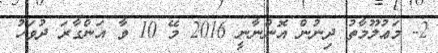
2- މަޢުލޫމާތު ދިނުން އޮންނާނީ 2016 މޭ 10 ވާ އަންގާރަ ދުވަހު